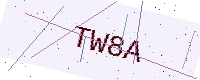
Text: TW8A